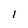
Character: l